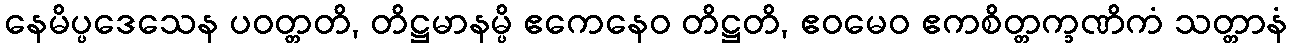
နေမိပ္ပဒေသေန ပဝတ္တတိ, တိဋ္ဌမာနမ္ပိ ဧကေနေဝ တိဋ္ဌတိ, ဧဝမေဝ ဧကစိတ္တက္ခဏိကံ သတ္တာနံ